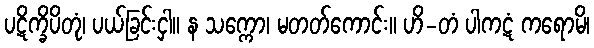
ပဋိက္ခိပိတုံ၊ ပယ်ခြင်းငှါ။ န သက္ကော၊ မတတ်ကောင်း။ ဟိ-တံ ပါကဋံ ကရောမိ၊